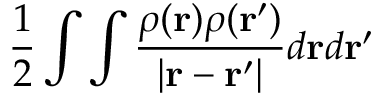
\frac { 1 } { 2 } \int \int \frac { \rho ( \mathbf { r } ) \rho ( \mathbf { r ^ { \prime } } ) } { | \mathbf { r } - \mathbf { r ^ { \prime } } | } d \mathbf { r } d \mathbf { r ^ { \prime } }